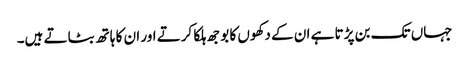
جہاں تک بن پڑتا ہے ان کے دکھوں کا بوجھ ہلکا کرتے اور ان کا ہاتھ بٹاتے ہیں۔